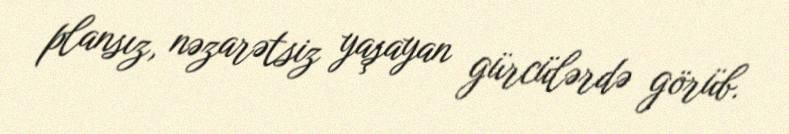
plansız, nəzarətsiz yaşayan gürcülərdə görüb.